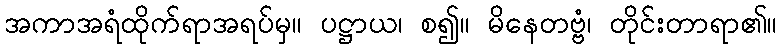
အကာအရံထိုက်ရာအရပ်မှ။ ပဋ္ဌာယ၊ စ၍။ မိနေတဗ္ဗံ၊ တိုင်းတာရာ၏။